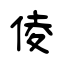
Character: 倰